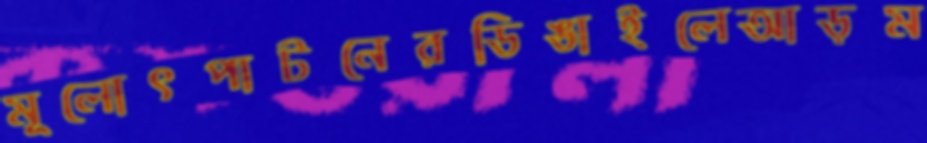
মূলোৎপাটনেরডিঙাইলেআড়ম